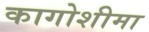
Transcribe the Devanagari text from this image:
कागोशीमा